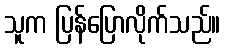
သူက ပြန်ပြောလိုက်သည်။